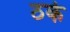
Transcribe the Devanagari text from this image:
ठके